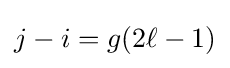
j-i=g(2\ell -1)